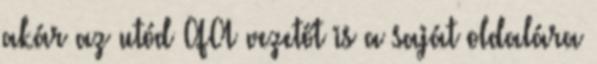
akár az utód QA vezetőt is a saját oldalára